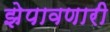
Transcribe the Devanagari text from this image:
झेपावणारी